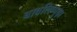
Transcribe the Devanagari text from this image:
बावलिप्पुष़ा